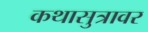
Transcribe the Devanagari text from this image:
कथासुत्रावर